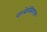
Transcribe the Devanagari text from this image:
वालेन्सियाचा